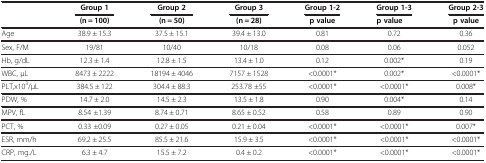
<table><thead><tr><td><b> </b></td><td><b>Group 1</b></td><td><b>Group 2</b></td><td><b>Group 3</b></td><td><b>Group 1-2</b></td><td><b>Group 1-3</b></td><td><b>Group 2-3</b></td></tr><tr><td><b> </b></td><td><b>(n = 100)</b></td><td><b>(n = 50)</b></td><td><b>(n = 28)</b></td><td><b>p value</b></td><td><b>p value</b></td><td><b>p value</b></td></tr></thead><tbody><tr><td>Age</td><td>38.9 ± 15.3</td><td>37.5 ± 15.1</td><td>39.4 ± 13.0</td><td>0.81</td><td>0.72</td><td>0.36</td></tr><tr><td>Sex, F/M</td><td>19/81</td><td>10/40</td><td>10/18</td><td>0.08</td><td>0.06</td><td>0.052</td></tr><tr><td>Hb, g/dL</td><td>12.3 ± 1.4</td><td>12.8 ± 1.5</td><td>13.4 ± 1.0</td><td>0.12</td><td>0.002*</td><td>0.19</td></tr><tr><td>WBC, μL</td><td>8473 ± 2222</td><td>18194 ± 4046</td><td>7157 ± 1528</td><td>&lt;0.0001*</td><td>0.002*</td><td>&lt;0.0001*</td></tr><tr><td>PLT,x10<sup>3</sup>/μL</td><td>384.5 ± 122</td><td>304.4 ± 88.3</td><td>253.78 ±55</td><td>&lt;0.0001*</td><td>&lt;0.0001*</td><td>0.008*</td></tr><tr><td>PDW, %</td><td>14.7 ± 2.0</td><td>14.5 ± 2.3</td><td>13.5 ± 1.8</td><td>0.90</td><td>0.004*</td><td>0.14</td></tr><tr><td>MPV, fL</td><td>8.54 ±1.39</td><td>8.74 ± 0.71</td><td>8.65 ± 0.52</td><td>0.58</td><td>0.89</td><td>0.90</td></tr><tr><td>PCT, %</td><td>0.33 ±0.09</td><td>0.27 ± 0.05</td><td>0.21 ± 0.04</td><td>&lt;0.0001*</td><td>&lt;0.0001*</td><td>0.007*</td></tr><tr><td>ESR, mm/h</td><td>69.2 ± 25.5</td><td>85.5 ± 21.6</td><td>15.9 ± 3.5</td><td>&lt;0.0001*</td><td>&lt;0.0001*</td><td>&lt;0.0001*</td></tr><tr><td>CRP, mg./L</td><td>6.3 ± 4.7</td><td>15.5 ± 7.2</td><td>0.4 ± 0.2</td><td>&lt;0.0001*</td><td>&lt;0.0001*</td><td>&lt;0.0001*</td></tr></tbody></table>